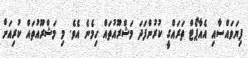
ފިޔަވައްސާއި އެއާޕޯޓް ތަރައްގީ ކުރުންފަދަ މަޝްރޫއުތައް ހިމެނެ އެވެ. މި މަޝްރޫއުތައް ކުރިއަށް